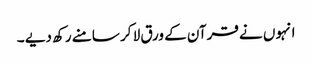
انہوں نے قرآن کے ورق لا کر سامنے رکھ دیے ۔